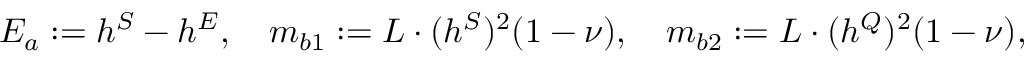
E _ { a } : = h ^ { S } - h ^ { E } , \quad m _ { b 1 } : = L \cdot ( h ^ { S } ) ^ { 2 } ( 1 - \nu ) , \quad m _ { b 2 } : = L \cdot ( h ^ { Q } ) ^ { 2 } ( 1 - \nu ) , \quad